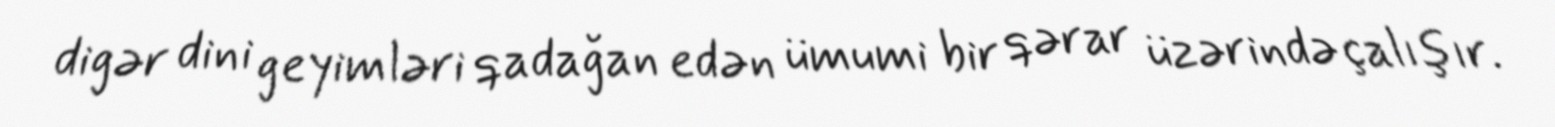
digər dini geyimləri qadağan edən ümumi bir qərar üzərində çalışır.